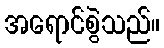
အရောင်စွဲသည်။